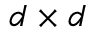
d \times d